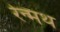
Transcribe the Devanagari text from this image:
रेन्मथ